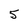
Character: 5